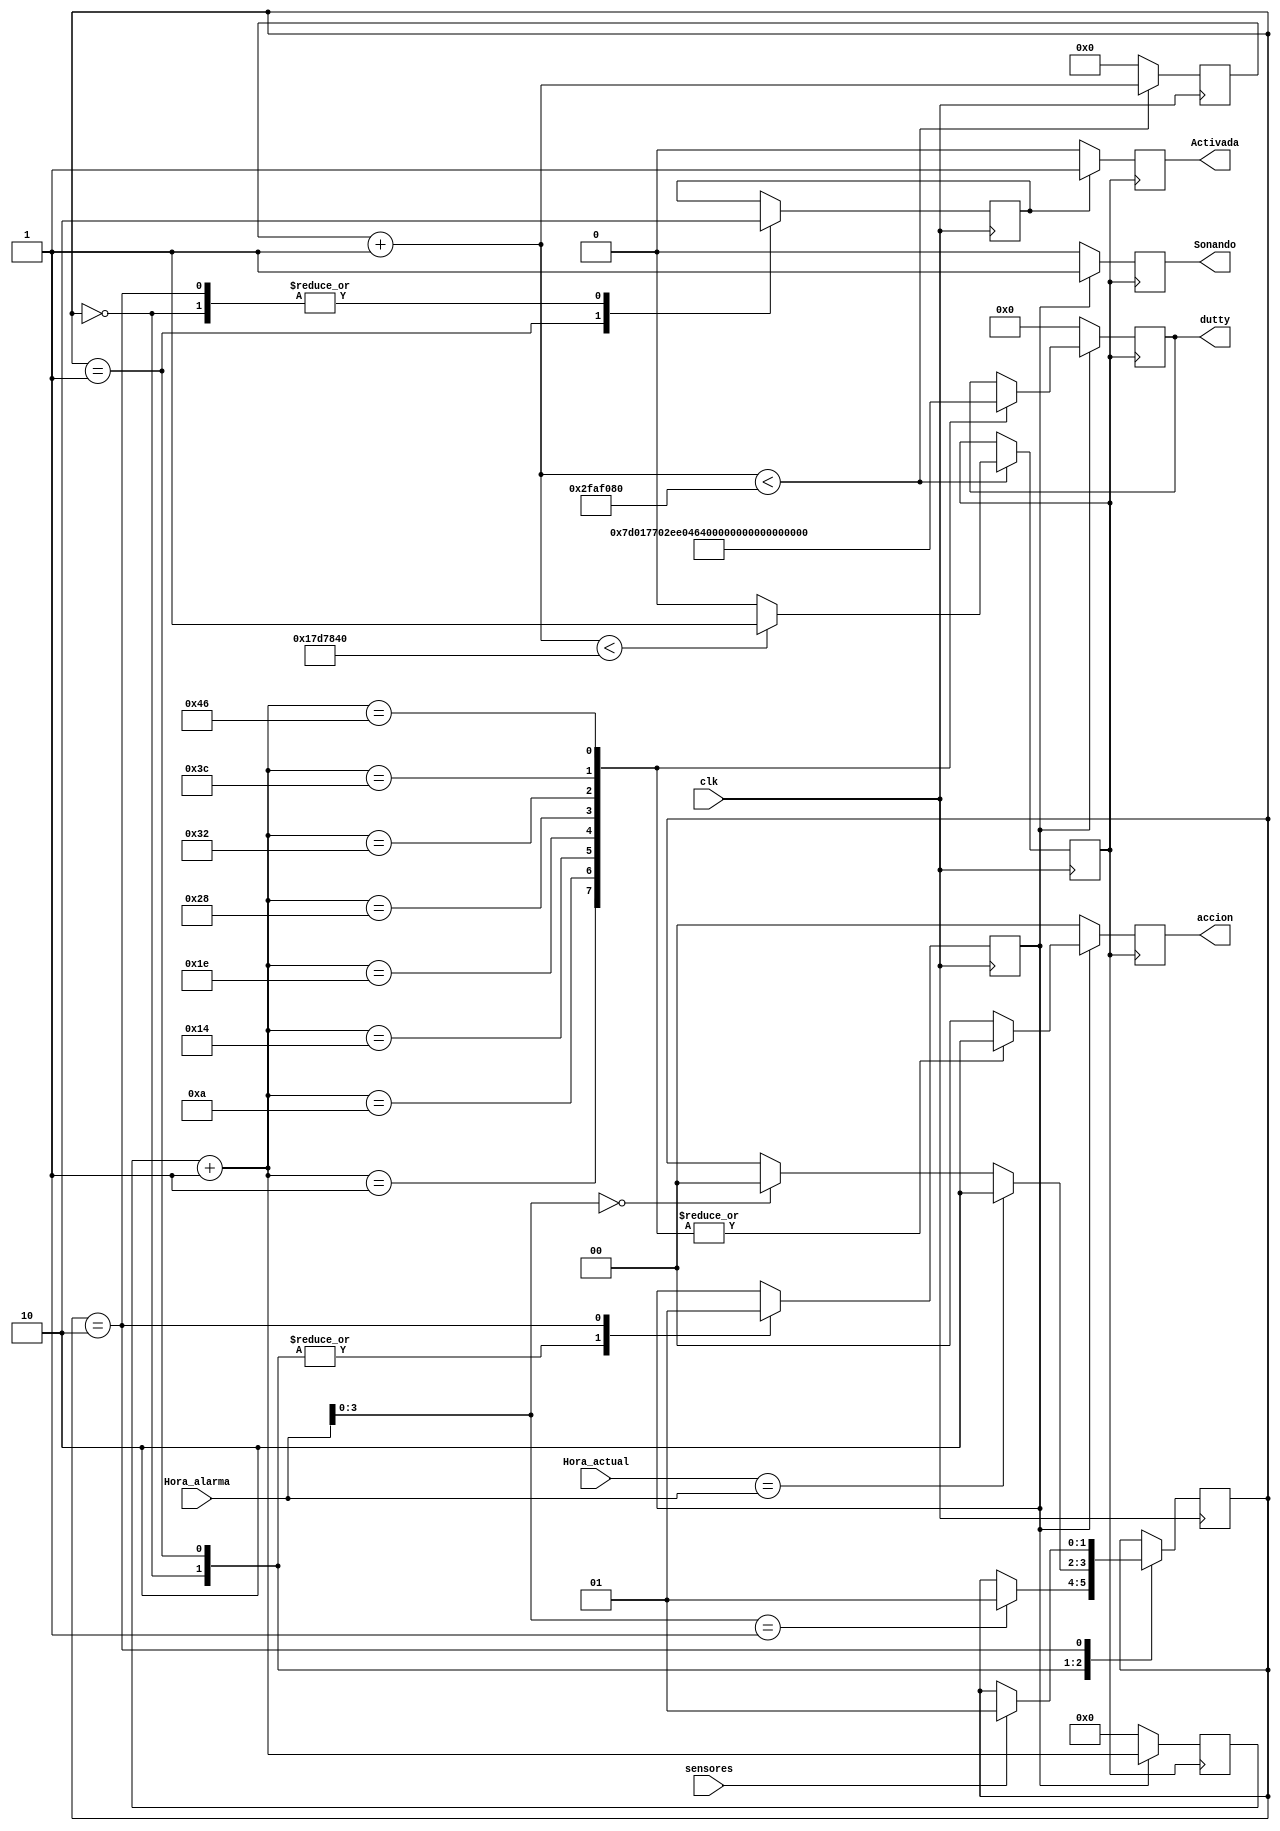
module Alarma_FSM(clk,Hora_actual,Hora_alarma,sensores,Activada,Sonando,accion,dutty);

input clk;
input [23:0] Hora_actual;
input [23:0] Hora_alarma;
input sensores;
output reg Activada;
output reg Sonando;
output reg [1:0] accion;
output reg [15:0] dutty;

reg [1:0] status;
reg act;
reg des;
reg son;


reg [27:0] counter; 
reg clk_s;
reg [11:0] counter2;

parameter DESACTIVADA=2'b00,ACTIVADA=2'b01,SONANDO=2'b10;

always@(posedge clk)begin //maquina de estados 
	case(status)
		DESACTIVADA:begin 
			act=1'b0;
			des=1'b1;
			son=1'b0;
			if(Hora_alarma[3:0]==4'b0001) status=ACTIVADA;
			
		end
		ACTIVADA:begin 
			act=1'b1;
			des=1'b0;
			son=1'b0;
			if(Hora_alarma[3:0]==4'b0000) status=DESACTIVADA;
			if(Hora_actual==Hora_alarma) status=SONANDO;
		end
		SONANDO:begin 
			act=1'b0;
			des=1'b0;
			son=1'b1;
			if(sensores) status=ACTIVADA;
			
		end
	endcase
end

always@(posedge clk)begin //clk con periodo de 1 segundo
	counter=counter+1;
	if(counter<50_000_000)begin
		if(counter<25_000_000)begin
			clk_s=1'b1;
		end
		else begin 
			clk_s=1'b0;
		end
	end
	else begin
		counter=0;
	end

end

always@(posedge clk_s)begin //estado activada
	if(act)begin
		Activada=1'b1;
	end
	else begin
		Activada=1'b0;
	end
	
end


always@(posedge clk_s)begin //estado sonando
	if(son)begin
		Sonando=1'b1;
		counter2=counter2+1;
		accion=2'b00;
		case(counter2)
			12'd1:begin dutty=16'd2000; accion=2'b10 ;end
			12'd10:begin dutty=16'd6000; accion=2'b10 ;end
			12'd20:begin dutty=16'd12000; accion=2'b10 ;end
			12'd30:begin dutty=16'd18000; accion=2'b10 ;end
			12'd40:begin dutty=16'd24000; accion=2'b10 ;end
			12'd50:begin dutty=16'd36000; accion=2'b10 ;end
			12'd60:begin dutty=16'd40000; accion=2'b10 ;end
			12'd70:begin dutty=16'd50000; accion=2'b10 ;end
		endcase
	end
	
	else begin
		Sonando=1'b0;
		counter2=0;
		dutty=2'b00;
		accion=2'b00;
	end
	

end
endmodule